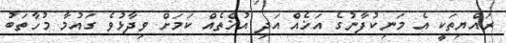
ރައްޔިތަކީ އެ މަނިކުފާނުގެ އަޚެއް އަދި އުޚްތެއް ކަމަށް ވިދާޅުވެ ގައުމާ މުހާތަބު